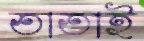
তাতাই